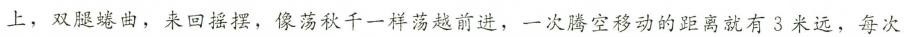
上，双腿蜷曲，来回摇摆，像荡秋千一样荡越前进，一次腾空移动的距离就有3米远，每次